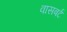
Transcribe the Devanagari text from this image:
वासबर्ट